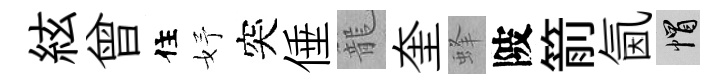
絃曾住妤突倕籠奎蜂陂箭氤帽